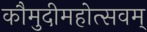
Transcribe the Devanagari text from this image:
कौमुदीमहोत्सवम्